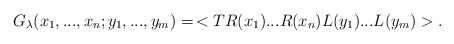
\begin{align*}G_{\lambda}(x_1,...,x_n;y_1,...,y_m)=\,<TR(x_1)... R(x_n) L(y_1)... L(y_m)>.\end{align*}